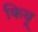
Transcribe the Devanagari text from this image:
किचू